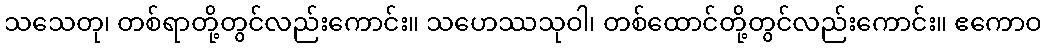
သသေတု၊ တစ်ရာတို့တွင်လည်းကောင်း။ သဟေဿသုဝါ၊ တစ်ထောင်တို့တွင်လည်းကောင်း။ ဧကောဝ